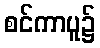
စင်ကာပူ၌